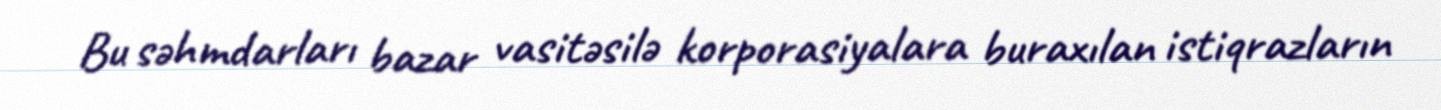
Bu səhmdarları bazar vasitəsilə korporasiyalara buraxılan istiqrazların